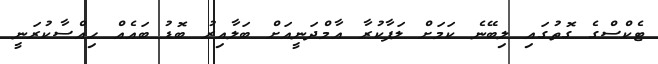
ޓެކްސްގެ ގޮތުގައި ލިބޭނެ ކަމަށް ލަފާކުރާ އާމްދަނީއަށް ބަލާއިރު ބޮޑު ބައެއް ހިއްސާކުރަނީ